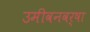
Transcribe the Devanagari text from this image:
उमीवनवर्षा